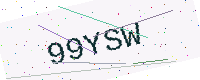
Text: 99YSW